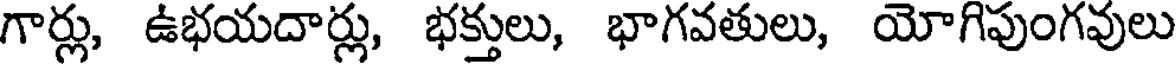
గార్లు, ఉభయదార్లు, భక్తులు, భాగవతులు, యోగిపుంగవులు